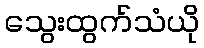
သွေးထွက်သံယို